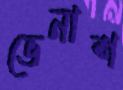
ভেনাশ